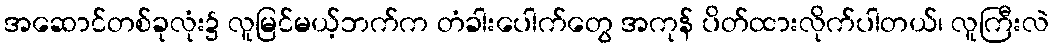
အဆောင်တစ်ခုလုံး၌ လူမြင်မယ့်ဘက်က တံခါးပေါက်တွေ အကုန် ပိတ်ထားလိုက်ပါတယ်၊ လူကြီးလဲ